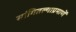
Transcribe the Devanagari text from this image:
सांगितल्याप्रमाणें